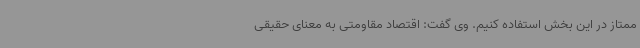
ممتاز در این بخش استفاده کنیم. وی گفت: اقتصاد مقاومتی به معنای حقیقی